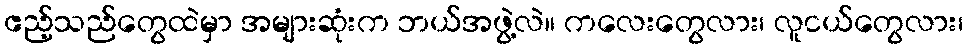
ဧည့်သည်တွေထဲမှာ အများဆုံးက ဘယ်အဖွဲ့လဲ။ ကလေးတွေလား၊ လူငယ်တွေလား၊